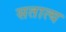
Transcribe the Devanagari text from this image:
सतात्य